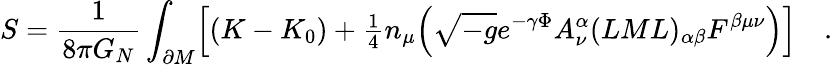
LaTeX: S=\frac{1}{8\pi G_{N}}\int_{\partial M}\Bigl[(K-K_{0})+{\textstyle{\frac{1}{4}}}n_{\mu}\Bigl(\sqrt{-g}e^{-\gamma\Phi}A_{\nu}^{\alpha}(LML)_{\alpha\beta}F^{\beta\mu\nu}\Bigr)\Bigr]\quad.